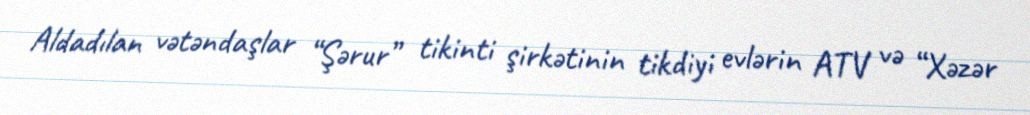
Aldadılan vətəndaşlar “Şərur” tikinti şirkətinin tikdiyi evlərin ATV və “Xəzər